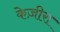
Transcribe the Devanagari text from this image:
केज़ीरा